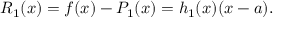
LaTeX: R _ { 1 } ( x ) = f ( x ) - P _ { 1 } ( x ) = h _ { 1 } ( x ) ( x - a ) .